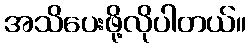
အသိပေးဖို့လိုပါတယ်။